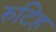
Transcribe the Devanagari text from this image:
रुटिह